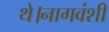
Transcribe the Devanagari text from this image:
थे।नागवंशी